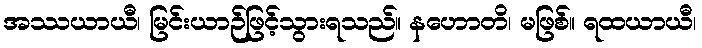
အဿယာယီ၊ မြင်းယာဉ်ဖြင့်သွားရသည်။ နဟောတိ၊ မဖြစ်။ ရထယာယီ၊